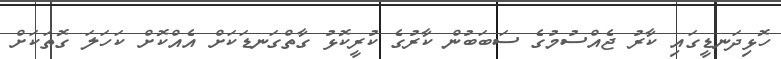
ހޮޅިދަނޑީގައި ކާރު ޖެއްސުމުގެ ސަބަބުން ކާރުގެ ކުރީކޮޅު ގާތްގަނޑަކަށް އެއްކޮށް ކަހަލަ ގޮތަކަށް